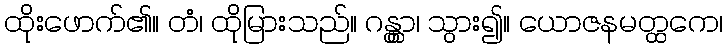
ထိုးဖောက်၏။ တံ၊ ထိုမြားသည်။ ဂန္တွာ၊ သွား၍။ ယောဇနမတ္ထကေ၊